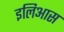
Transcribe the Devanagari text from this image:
इलिआस